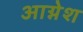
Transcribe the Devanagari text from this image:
आग्नेश